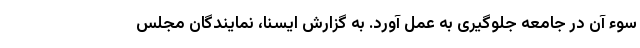
سوء آن در جامعه جلوگیری به عمل آورد. به گزارش ایسنا، نمایندگان مجلس